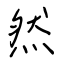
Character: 然